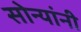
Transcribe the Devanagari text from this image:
सोन्यांनी